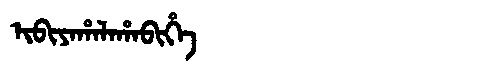
Manchu: ᡳᠪᡳᠶᠠᡥᠠᠯᠠᡥᠠᠪᡳᡥᡝ
Romanization: IBIYAHALAHABIHE